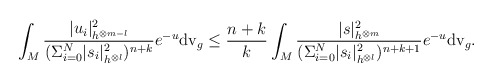
\begin{align*}\int_M\frac{|u_i|^2_{h^{\otimes m-l}}}{(\Sigma_{i=0}^N |s_i|^2_{h^{\otimes l}})^{n+k}}e^{-u}{\rm dv }_g\leq \frac{n+k}{k}\int_M\frac{|s|^2_{h^{\otimes m}}}{(\Sigma_{i=0}^N |s_i|_{h^{\otimes l}}^2)^{n+k+1}}e^{-u}{\rm dv }_g.\end{align*}